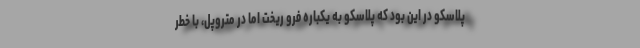
پلاسکو در این بود که پلاسکو به یکباره فرو ریخت اما در متروپل، با خطر